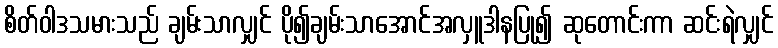
စိတ်ဝါဒသမားသည် ချမ်းသာလျှင် ပို၍ချမ်းသာအောင်အလှူဒါနပြု၍ ဆုတောင်းကာ ဆင်းရဲလျှင်